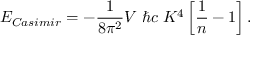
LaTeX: E _ { \small C a s i m i r } = - { \frac { 1 } { 8 \pi ^ { 2 } } } V \; \hbar c \; K ^ { 4 } \left[ { \frac { 1 } { n } } - 1 \right] .